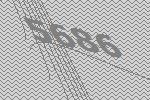
5686